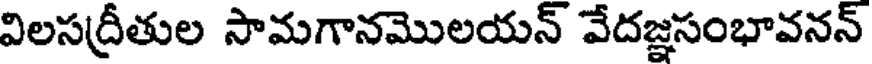
విలసద్రీతుల సామగానమొలయన్ వేదజ్ఞసంభావనన్